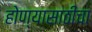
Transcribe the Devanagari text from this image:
होण्यासाठीचा